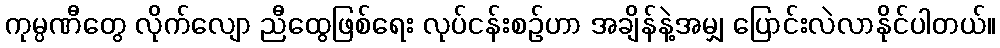
ကုမ္ပဏီတွေ လိုက်လျော ညီထွေဖြစ်ရေး လုပ်ငန်းစဉ်ဟာ အချိန်နဲ့အမျှ ပြောင်းလဲလာနိုင်ပါတယ်။